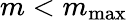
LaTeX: m<m_{\mathrm{max}}